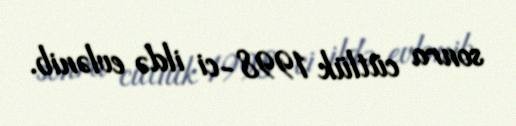
sonra cütlük 1998-ci ildə evlənib.